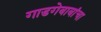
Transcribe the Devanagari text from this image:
गाडगेबाबांचा